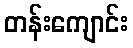
တန်းကျောင်း